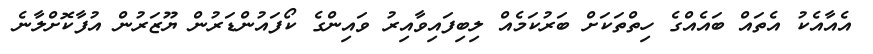
އެއާއެކު އެތައް ބައެއްގެ ހިތްތަކަށް ބަރުކަމެއް ލިބިފައިވާއިރު ވައިންގެ ކޯފައުންޑަރުން ޔޫޒަރުން އުފާކޮށްލާނެ